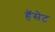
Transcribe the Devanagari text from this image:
हॅसेट